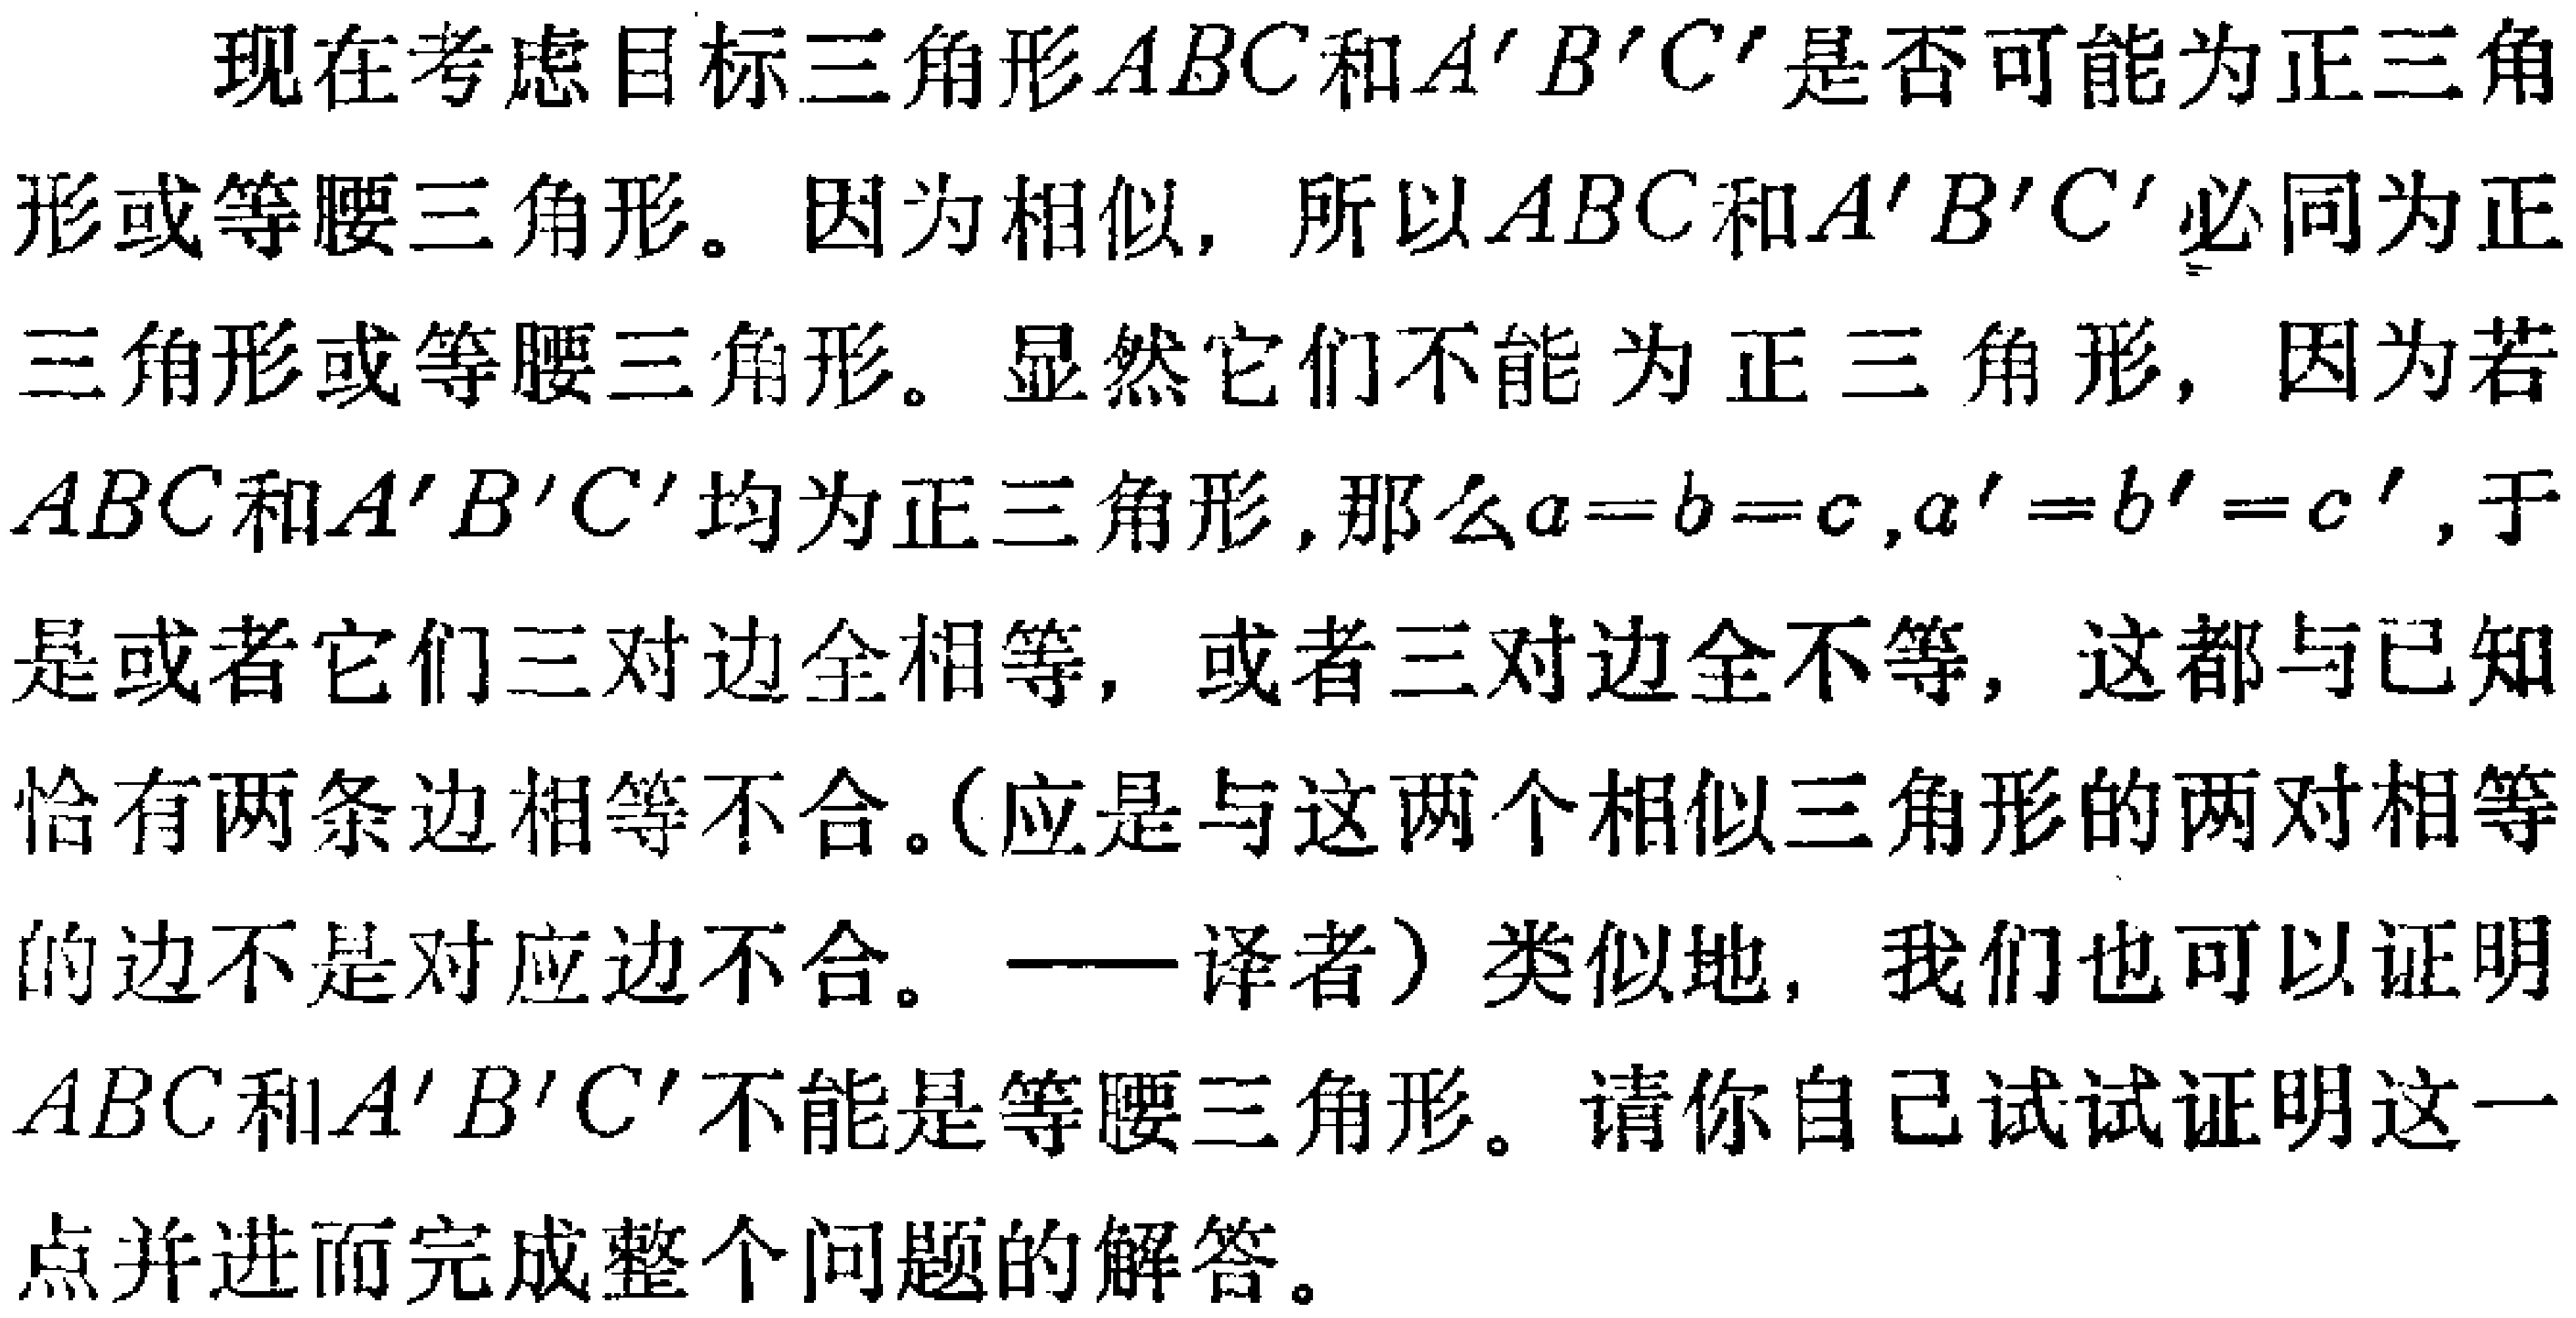
现在考虑目标三角形\(ABC\)和\(A'B'C'\)是否可能为正三角形或等腰三角形。因为相似，所以\(ABC\)和\(A'B'C'\)必同为正三角形或等腰三角形。显然它们不能为正三角形，因为若\(ABC\)和\(A'B'C'\)均为正三角形，那么\(a = b = c\)，\(a' = b' = c'\)，于是或者它们三对边全相等，或者三对边全不等，这都与已知恰有两条边相等不合。（应是与这两个相似三角形的两对相等的边不是对应边不合。——译者）类似地，我们也可以证明\(ABC\)和\(A'B'C'\)不能是等腰三角形。请你自己试试证明这一点并进而完成整个问题的解答。